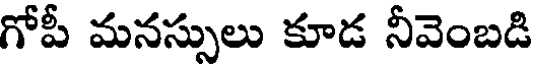
గోపీ మనస్సులు కూడ నీవెంబడి